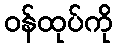
ဝန်ထုပ်ကို